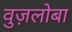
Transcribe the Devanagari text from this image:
वुज़लोबा